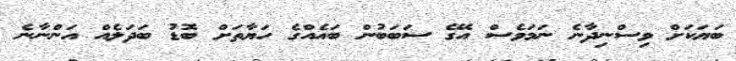
ބަޔަކަށް ވިސްނިދާނެ ނަމަވެސް އޭގެ ސަބަބުން ބައެއްގެ ހަޔާތަށް ބޮޑު ބަދަލެއް އަންނާނެ